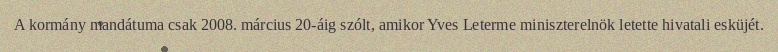
A kormány mandátuma csak 2008. március 20-áig szólt, amikor Yves Leterme miniszterelnök letette hivatali esküjét.